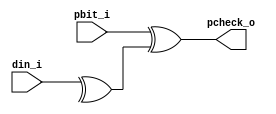
// Name: parity_rx.v
//
// Description: Calcula la paridad y comprueba si es igual a la recibida, es verdadero si no son iguales.

module parity_rx (
  input  [7:0] din_i,
  input        pbit_i,
  output       pcheck_o
);

  wire parity_eval;

  assign parity_eval = ^ din_i;
  assign pcheck_o = pbit_i ^ parity_eval;

endmodule